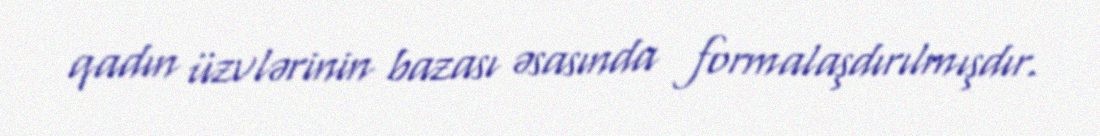
qadın üzvlərinin bazası əsasında formalaşdırılmışdır.